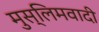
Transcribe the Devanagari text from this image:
मुस्लिमवादी